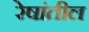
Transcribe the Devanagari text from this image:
रेषांतील